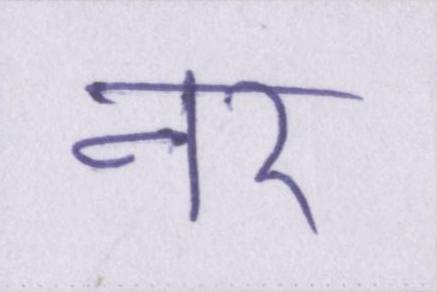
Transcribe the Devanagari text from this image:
नर